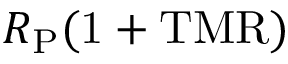
R _ { \mathrm { P } } \mathrm { ( 1 + T M R ) }